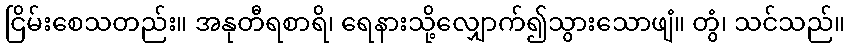
ငြိမ်းစေသတည်း။ အနုတီရစာရိ၊ ရေနားသို့လျှောက်၍သွားသောဖျံ။ တွံ၊ သင်သည်။